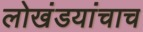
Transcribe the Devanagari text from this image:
लोखंडयांचाच